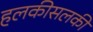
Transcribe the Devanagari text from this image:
हलकीसलकी